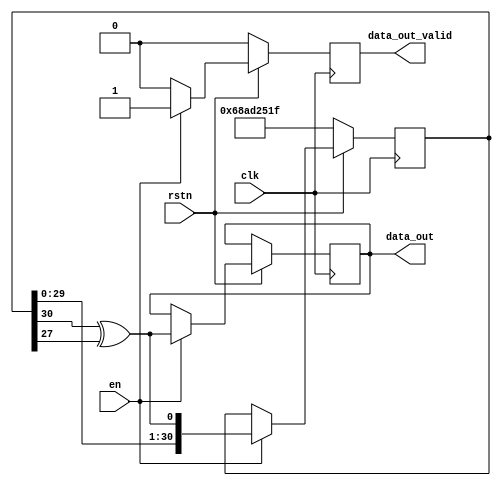
module prbs31 #(parameter SEED = 31'b1101000101011010010010100011111)(
    input clk,
    input en,
    input rstn,
    output reg data_out,
    output reg data_out_valid = 0);
    
    reg [30:0] sr = SEED;
    wire sr_in;
    
    assign sr_in = (sr[30]^sr[27]);
    
    always @ (posedge clk )
    if (!rstn) begin
        sr = SEED;
        data_out_valid = 0;
    end else begin
        if (en) begin
            sr <= {sr[29:0],sr_in};
            data_out <=  sr_in;
            data_out_valid <= 1;
        end else begin
	    data_out_valid <=0;	
	end
    end
endmodule